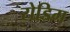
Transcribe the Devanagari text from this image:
रोडिम